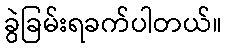
ခွဲခြမ်းရခက်ပါတယ်။